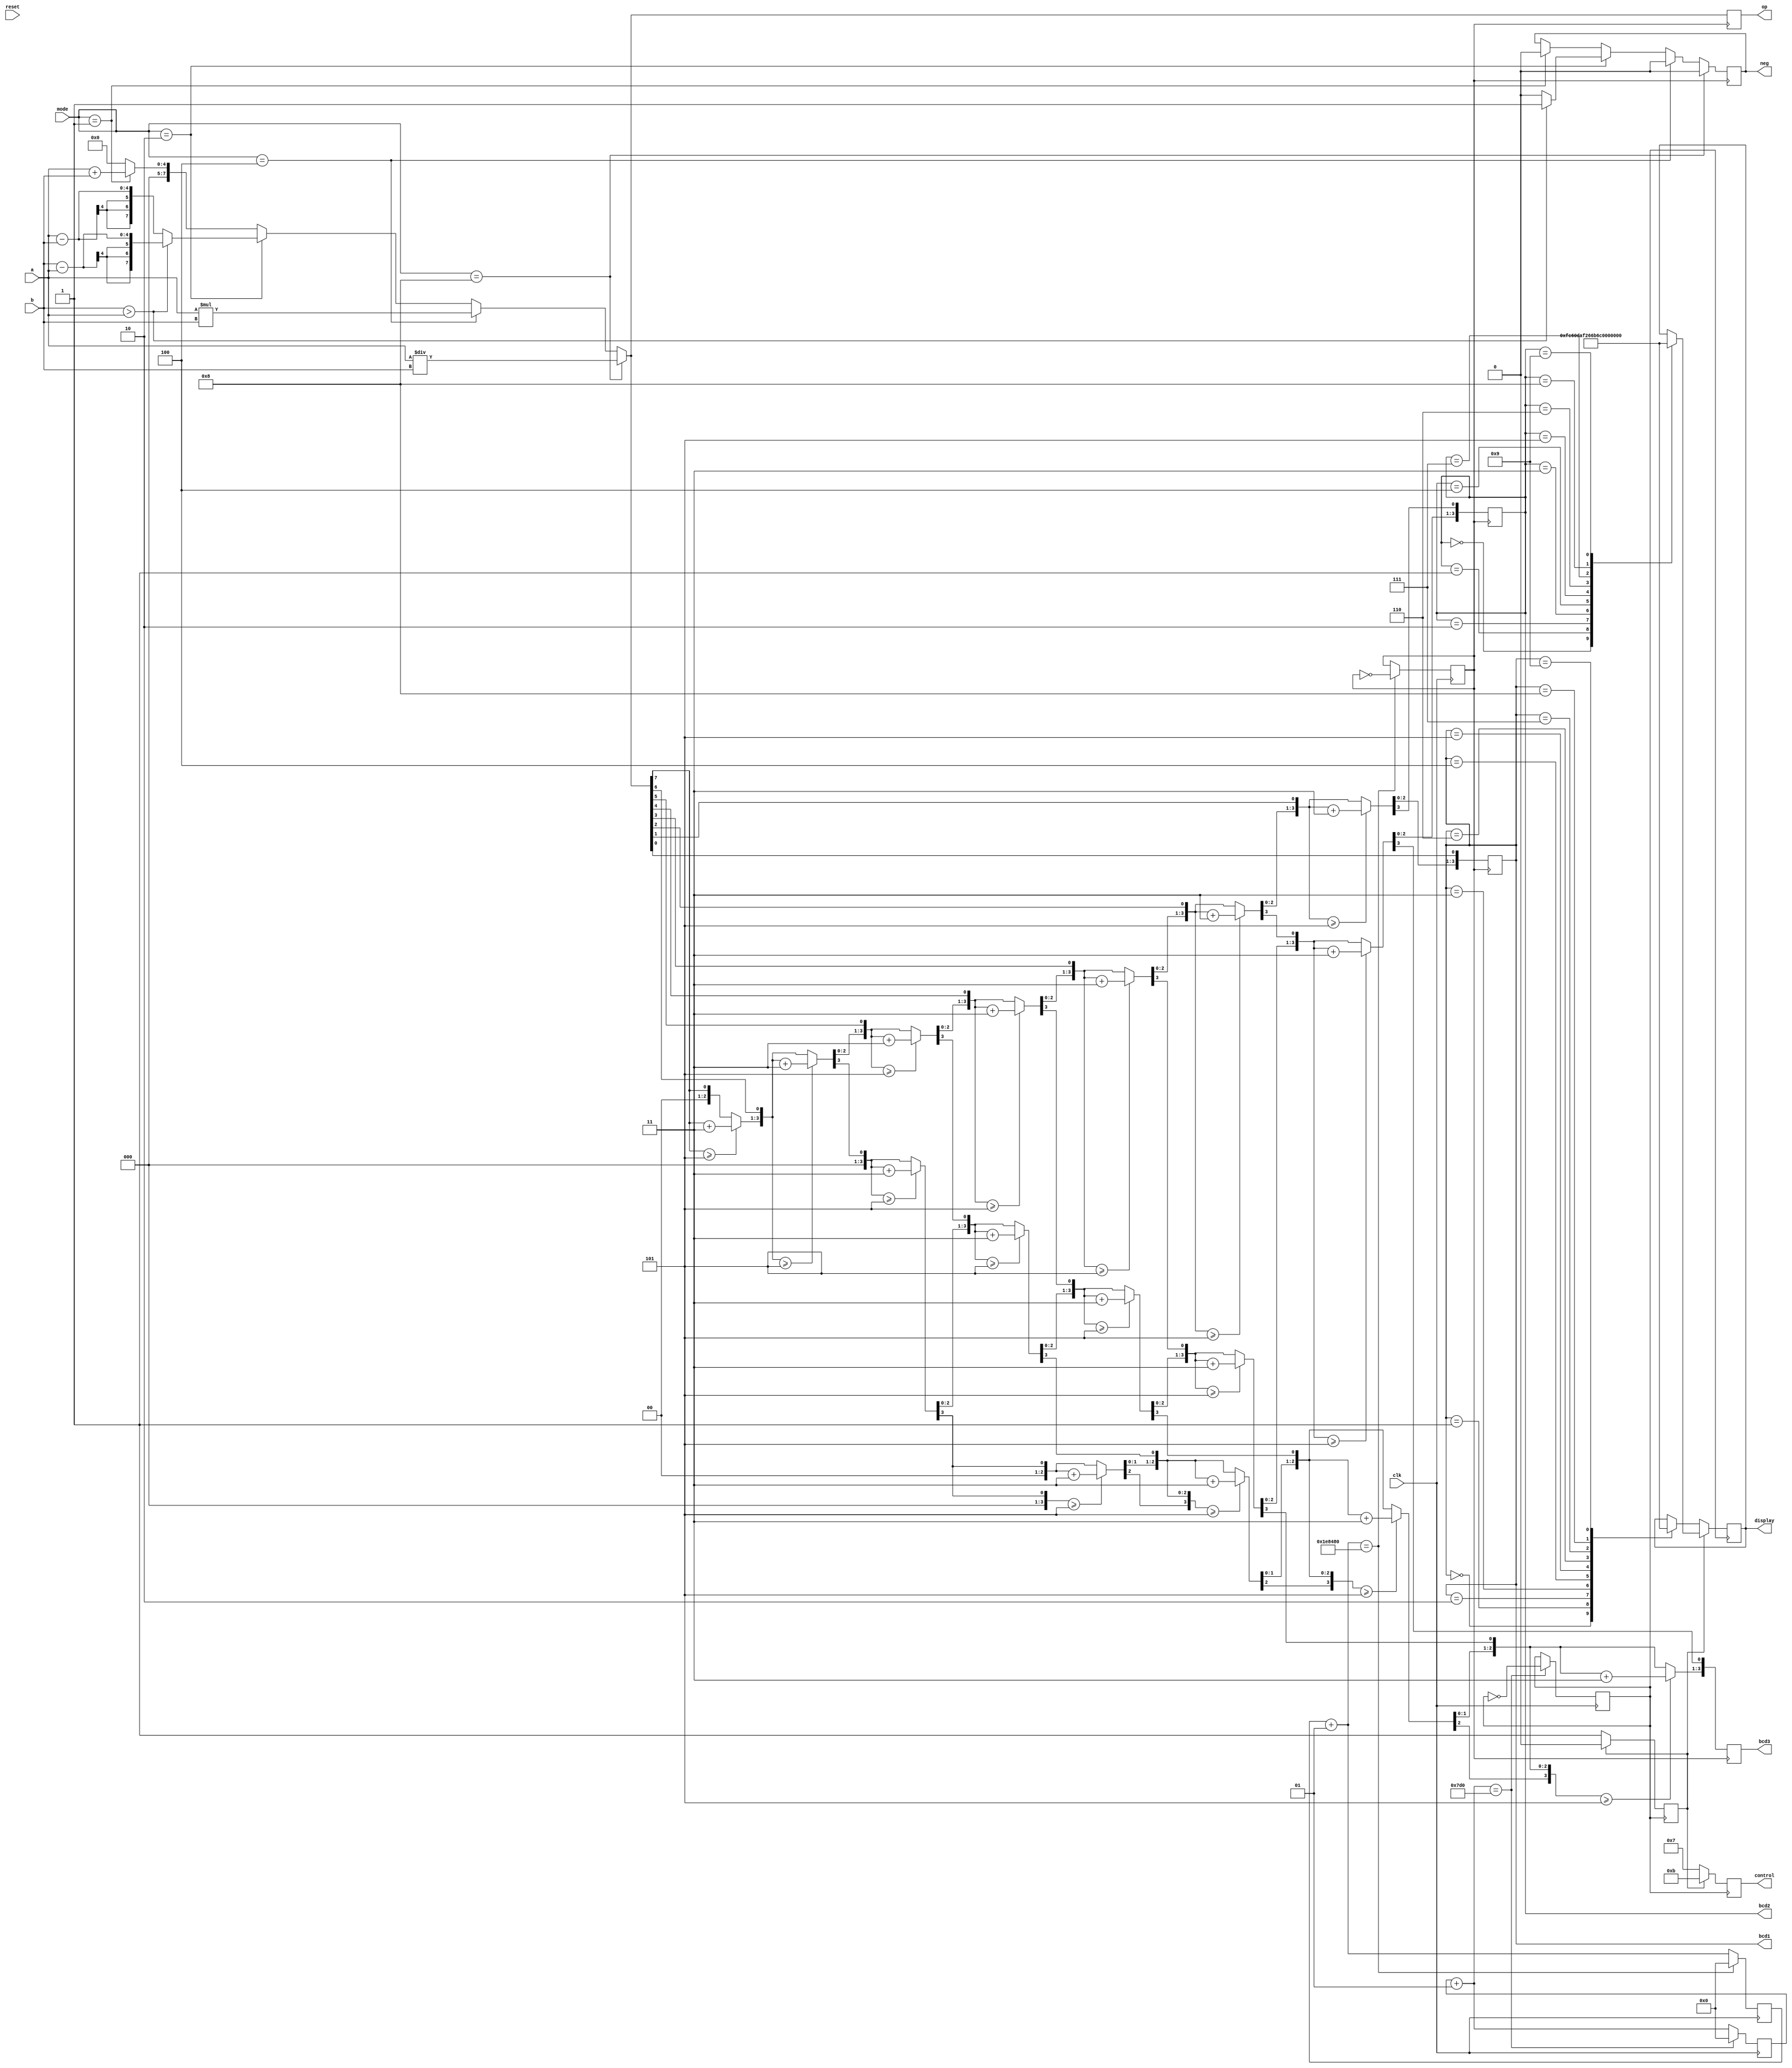
module calci(a,b,op,reset,mode,neg,control,display,clk,bcd1,bcd2,bcd3);
input [3:0]mode;
input reset,clk;
output [7:0] op;
reg [7:0] op;
output neg;
reg neg;
input [3:0]a;
input [3:0]b;
output [7:0]display;
reg [19:0]temp;
reg [7:0]display;
output [3:0]bcd1,bcd2,bcd3;
reg [3:0]bcd1,bcd2,bcd3;
output [3:0] control;
reg [3:0] control;
integer temp1,temp2;
reg clkdiv,clkms,flag;
integer i;
initial 
begin
temp1=0;
temp2=0;
bcd1 = 4'b0000;
bcd2 = 4'b0000;
bcd3 = 4'b0000;
clkdiv=1'b0;
clkms=1'b0;
flag=2'b00;
end
always@(posedge clk)
begin
temp1=temp1+1;
temp2=temp2+1;
if (temp1==2000000)
begin
clkdiv=~clkdiv;
temp1=0;
end
if(temp2==2000)
begin
clkms=~clkms;
temp2=0;
end
end
always@(posedge clkdiv)
begin
op = 8'b00000000;
if(mode == 4'b0001)
begin
op = a+b;
neg = 0;
end
if(mode == 4'b0010)
begin
if(b > a)
begin 
op = b-a;
neg = 1;
end
else
begin
op = a-b;
neg = 0;
end
end
if(mode == 4'b0100)
begin
op = a*b;
neg = 0;
end
if(mode == 4'b1000)
begin
op = a/b;
neg = 0;
end
 temp[7:0]=op;
temp[19:8]=12'b000000000000;
for (i=0; i<8; i=i+1) 
begin
 if (temp[11:8] >= 5)
 temp[11:8] = temp[11:8] + 3;
 if (temp[15:12] >= 5)
 temp[15:12] = temp[15:12] + 3;
if (temp[19:16] >= 5)
 temp[19:16] = temp[19:16] + 3;
 temp = temp << 1;
end
bcd3<=temp[19:16];
bcd2<=temp[15:12];
bcd1<=temp[11:8];
end
always@(posedge clkms)
begin
if (flag==2'b00)
begin
control=4'b0111;
case(bcd1)
4'b0000:display=8'b11111100;
4'b0001:display=8'b01100000;
4'b0010:display=8'b11011010;
4'b0011:display=8'b11110010;
4'b0100:display=8'b01100110;
4'b0101:display=8'b10110110;
4'b0110:display=8'b10111110;
4'b0111:display=8'b11100000;
4'b1000:display=8'b11111110;
4'b1001:display=8'b11110110;
endcase
flag=2'b01;
end
else if (flag==2'b01)
begin
control=4'b1011;
case(bcd2)
4'b0000:display=8'b11111100;
4'b0001:display=8'b01100000;
4'b0010:display=8'b11011010;
4'b0011:display=8'b11110010;
4'b0100:display=8'b01100110;
4'b0101:display=8'b10110110;
4'b0110:display=8'b10111110;
4'b0111:display=8'b11100000;
4'b1000:display=8'b11111110;
4'b1001:display=8'b11110110;
endcase
flag=2'b10;
end
else
begin
control=4'b1101;
case(bcd3)
4'b0000:display=8'b11111100;
4'b0001:display=8'b01100000;
4'b0010:display=8'b11011010;
4'b0011:display=8'b11110010;
4'b0100:display=8'b01100110;
4'b0101:display=8'b10110110;
4'b0110:display=8'b10111110;
4'b0111:display=8'b11100000;
4'b1000:display=8'b11111110;
4'b1001:display=8'b11110110;
endcase
flag=2'b00;
end
end
endmodule